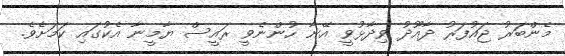
މެންބަރު ޖައުފަރު ދާއޫދު ވިދާޅުވީ އޭނާ ހުންނެވީ ރައީސް ޔާމީނާ އެކުގައި ކަމަށެވެ.